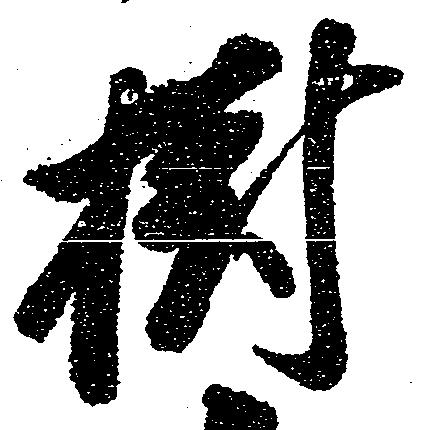
樹